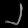
Digit: ၂